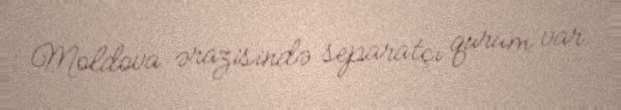
Moldova ərazisində separatçı qurum var.